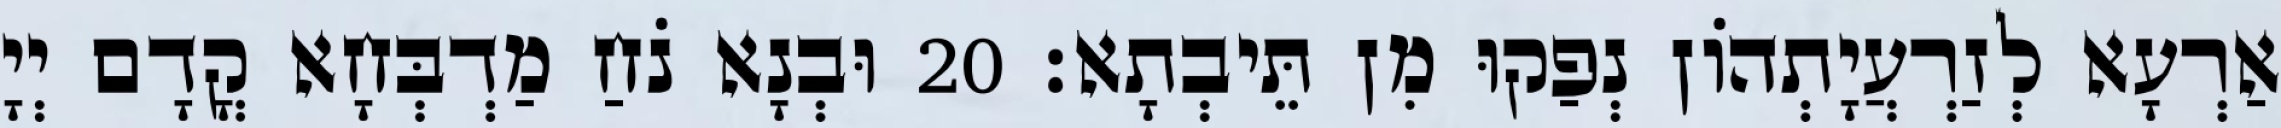
אַרְעָא לְזַרְעֲיָתְהוֹן נְפַקוּ מִן תֵּיבְתָא׃ 20 וּבְנָא נֹחַ מַדְבְּחָא קֳדָם יְיָ